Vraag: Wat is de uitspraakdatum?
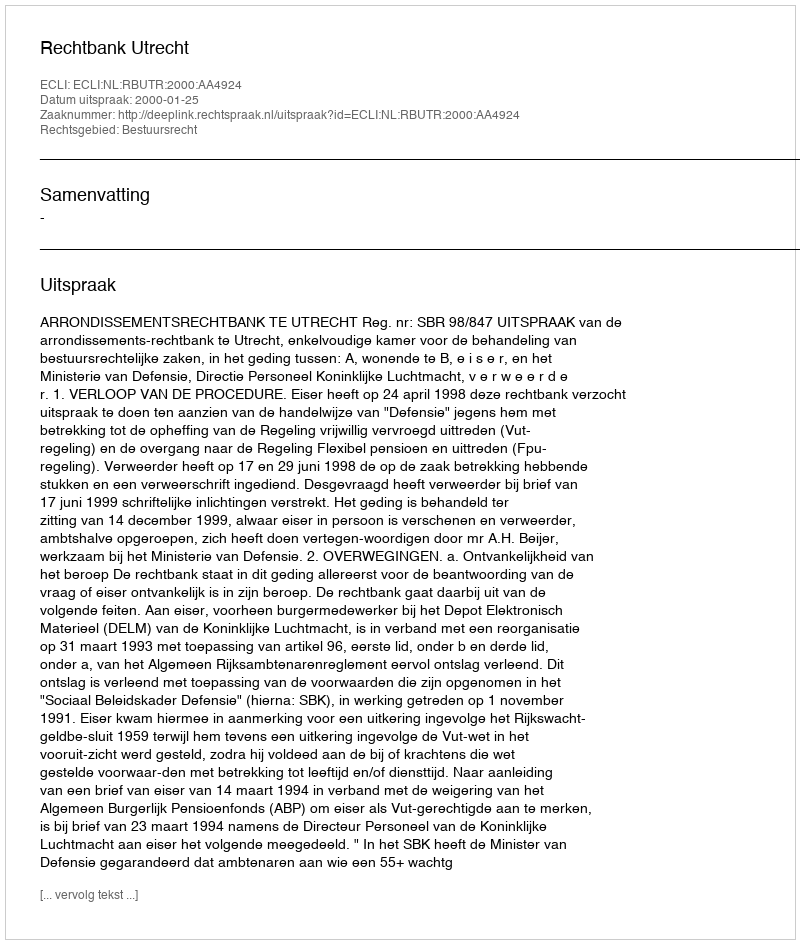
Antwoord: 2000-01-25